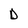
Character: D